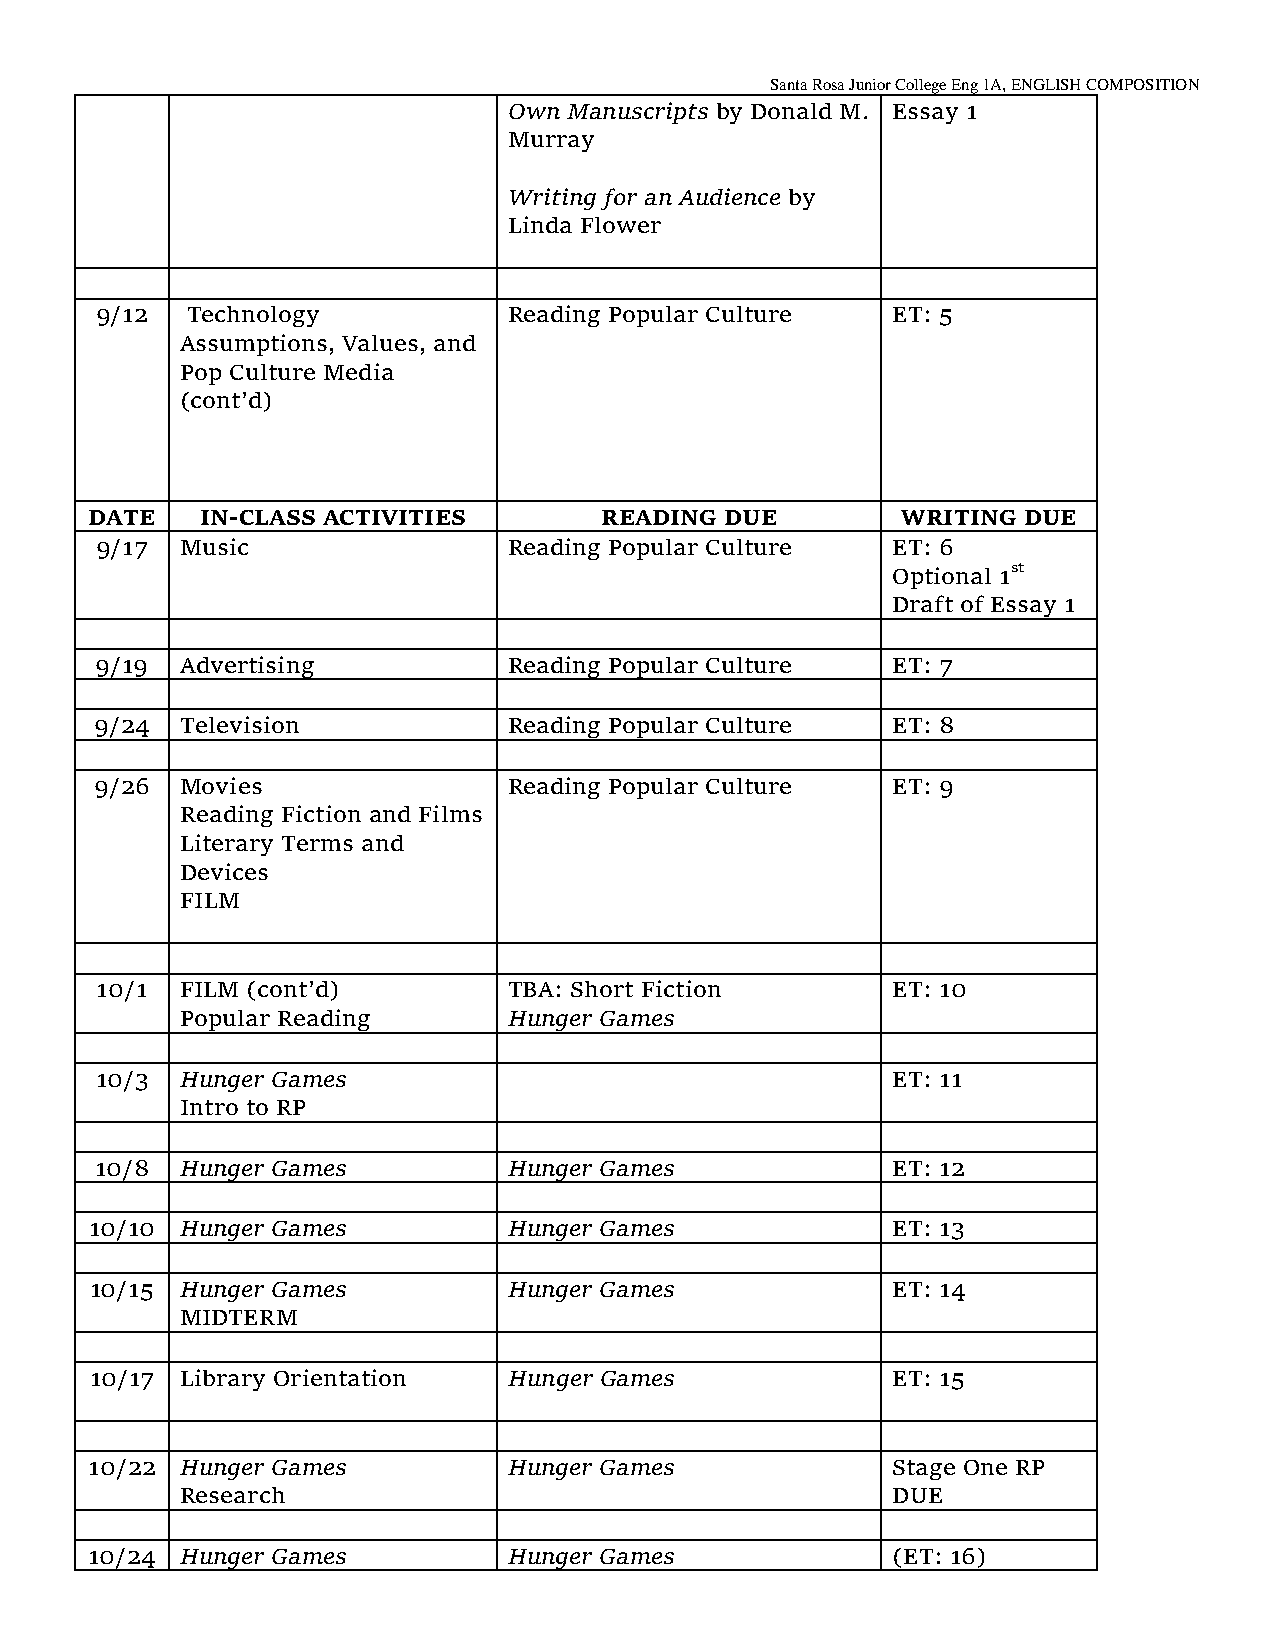
Santa Rosa Junior College Eng 1A, ENGLISH COMPOSITION
 Own Manuscripts by Donald M. Essay 1
 Murray
 Writing for an Audience by
 Linda Flower
 9/12  Technology            Reading Popular Culture  ET: 5
 Assumptions, Values, and
 Pop Culture Media
 (cont’d)
 DATE   IN-CLASS ACTIVITIES        READING DUE         WRITING DUE
 9/17  Music                 Reading Popular Culture  ET: 6
 Optional 1st
 Draft of Essay 1
 9/19  Advertising           Reading Popular Culture  ET: 7
 9/24  Television            Reading Popular Culture  ET: 8
 9/26  Movies                Reading Popular Culture  ET: 9
 Reading Fiction and Films
 Literary Terms and
 Devices
 FILM
 10/1  FILM (cont’d)         TBA: Short Fiction       ET: 10
 Popular Reading       Hunger Games
 10/3  Hunger Games                                   ET: 11
 Intro to RP
 10/8  Hunger Games          Hunger Games             ET: 12
 10/10 Hunger Games          Hunger Games             ET: 13
 10/15 Hunger Games          Hunger Games             ET: 14
 MIDTERM
 10/17 Library Orientation   Hunger Games             ET: 15
 10/22 Hunger Games          Hunger Games             Stage One RP
 Research                                       DUE
 10/24 Hunger Games          Hunger Games             (ET: 16)